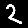
Digit: 2